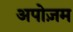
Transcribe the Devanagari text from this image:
अपोज़म